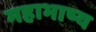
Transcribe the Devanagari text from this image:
महाभाष्‍य